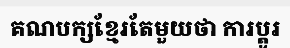
គណបក្សខ្មែរតែមួយថា ការប្តូរ